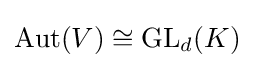
\mathrm {Aut} (V)\cong \mathrm {GL} _{d}(K)